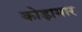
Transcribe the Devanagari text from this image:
कोड़ामार